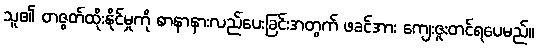
သူ၏ တဇွတ်ထိုးနိုင်မှုကို စာနာနားလည်ပေးခြင်းအတွက် ဖခင်အား ကျေးဇူးတင်ရပေမည်။